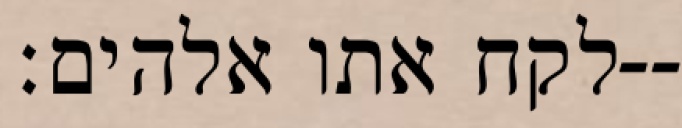
לקח אתו אלהים׃--